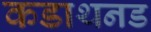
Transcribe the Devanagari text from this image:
कडाथनड